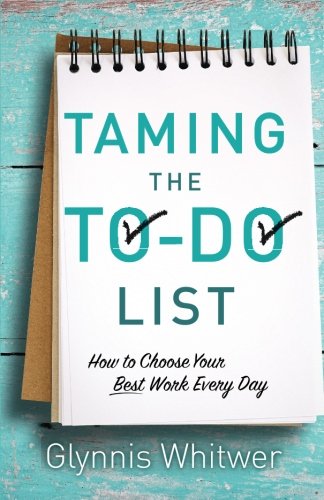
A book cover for Taming the To-Do List: How to Choose Your Best Work Every Day; Glynnis Whitwer; Self-Help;